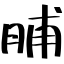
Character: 脯